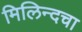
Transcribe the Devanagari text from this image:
मिलिन्दचा